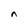
Character: n